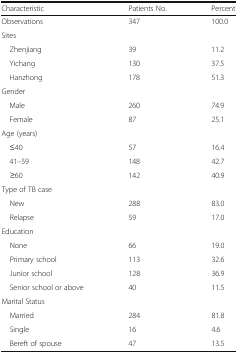
<table><thead><tr><td><b>Characteristic</b></td><td><b>Patients No.</b></td><td><b>Percent</b></td></tr></thead><tbody><tr><td>Observations</td><td>347</td><td>100.0</td></tr><tr><td colspan="3">Sites</td></tr><tr><td> Zhenjiang</td><td>39</td><td>11.2</td></tr><tr><td> Yichang</td><td>130</td><td>37.5</td></tr><tr><td> Hanzhong</td><td>178</td><td>51.3</td></tr><tr><td colspan="3">Gender</td></tr><tr><td> Male</td><td>260</td><td>74.9</td></tr><tr><td> Female</td><td>87</td><td>25.1</td></tr><tr><td colspan="3">Age (years)</td></tr><tr><td> ≤40</td><td>57</td><td>16.4</td></tr><tr><td> 41–59</td><td>148</td><td>42.7</td></tr><tr><td> ≥60</td><td>142</td><td>40.9</td></tr><tr><td colspan="3">Type of TB case</td></tr><tr><td> New</td><td>288</td><td>83.0</td></tr><tr><td> Relapse</td><td>59</td><td>17.0</td></tr><tr><td colspan="3">Education</td></tr><tr><td> None</td><td>66</td><td>19.0</td></tr><tr><td> Primary school</td><td>113</td><td>32.6</td></tr><tr><td> Junior school</td><td>128</td><td>36.9</td></tr><tr><td> Senior school or above</td><td>40</td><td>11.5</td></tr><tr><td colspan="3">Marital Status</td></tr><tr><td> Married</td><td>284</td><td>81.8</td></tr><tr><td> Single</td><td>16</td><td>4.6</td></tr><tr><td> Bereft of spouse</td><td>47</td><td>13.5</td></tr></tbody></table>